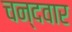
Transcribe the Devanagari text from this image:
चन्दवार